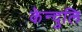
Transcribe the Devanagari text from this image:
केन्दुलि